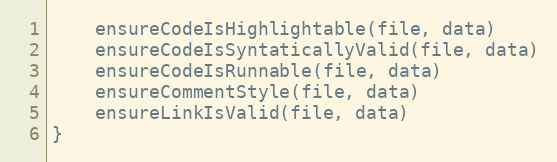
Language: JavaScript
	ensureCodeIsHighlightable(file, data)
	ensureCodeIsSyntaticallyValid(file, data)
	ensureCodeIsRunnable(file, data)
	ensureCommentStyle(file, data)
	ensureLinkIsValid(file, data)
}